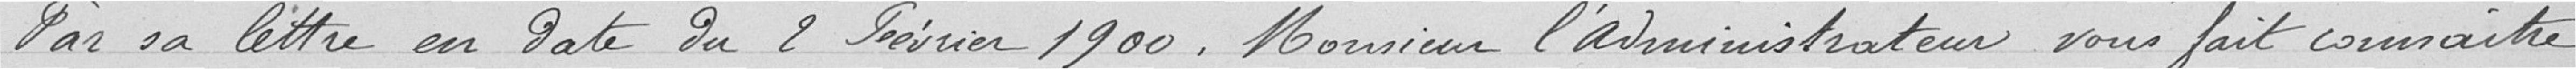
Par sa lettre en date du 2 Février 1900, Monsieur l'administrateur  vous fait connaitre